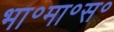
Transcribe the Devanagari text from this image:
भा॰मा॰स॰